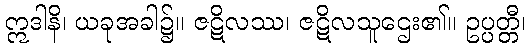
ဣဒါနိ၊ ယခုအခါ၌။ ဇဋိလဿ၊ ဇဋိလသူဌေး၏။ ဥပ္ပတ္တီ၊